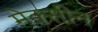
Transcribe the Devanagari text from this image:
मेक्सीन